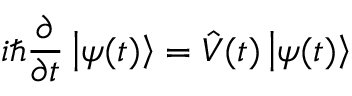
i \hslash \frac { \partial } { \partial t } \left\vert \psi ( t ) \right\rangle = \hat { V } ( t ) \left\vert \psi ( t ) \right\rangle